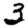
Digit: 3